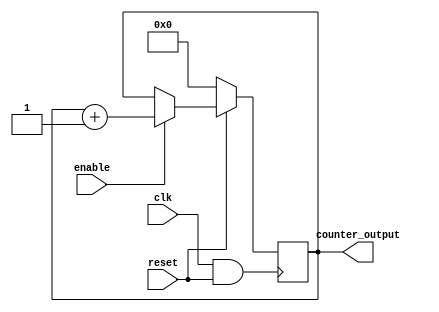
`timescale 1ns / 1ps
module counter (clk,enable,reset,counter_output);
input clk,enable,reset;
output  wire [21:0] counter_output;
reg [21:0] count;


always @ (posedge clk & reset) begin 

    if (reset == 0)begin
        count=0;
    end
    else if (enable==1)begin
        count = count+1;
    end
end
assign counter_output = count;
endmodule